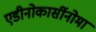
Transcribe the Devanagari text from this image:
एडीनोकार्सीनोमा